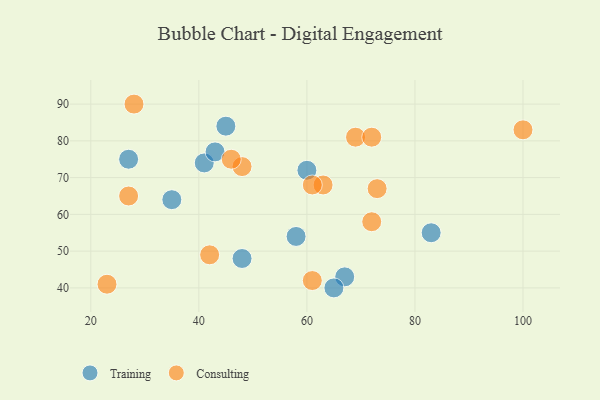
{"axis": {"x": "GDP", "y": "Life Expectancy"}, "legend": ["Consulting", "Training"], "data": [{"x": "67", "y": 43, "type": "Training"}, {"x": "41", "y": 74, "type": "Training"}, {"x": "45", "y": 84, "type": "Training"}, {"x": "27", "y": 75, "type": "Training"}, {"x": "58", "y": 54, "type": "Training"}, {"x": "43", "y": 77, "type": "Training"}, {"x": "35", "y": 64, "type": "Training"}, {"x": "83", "y": 55, "type": "Training"}, {"x": "48", "y": 48, "type": "Training"}, {"x": "65", "y": 40, "type": "Training"}, {"x": "60", "y": 72, "type": "Training"}, {"x": "48", "y": 73, "type": "Consulting"}, {"x": "42", "y": 49, "type": "Consulting"}, {"x": "28", "y": 90, "type": "Consulting"}, {"x": "46", "y": 75, "type": "Consulting"}, {"x": "73", "y": 67, "type": "Consulting"}, {"x": "69", "y": 81, "type": "Consulting"}, {"x": "63", "y": 68, "type": "Consulting"}, {"x": "27", "y": 65, "type": "Consulting"}, {"x": "61", "y": 42, "type": "Consulting"}, {"x": "72", "y": 58, "type": "Consulting"}, {"x": "61", "y": 68, "type": "Consulting"}, {"x": "23", "y": 41, "type": "Consulting"}, {"x": "100", "y": 83, "type": "Consulting"}, {"x": "72", "y": 81, "type": "Consulting"}]}